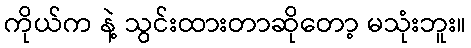
ကိုယ်က နဲ့ သွင်းထားတာဆိုတော့ မသုံးဘူး။